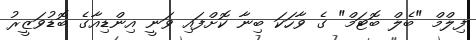
ފިލްމް "ބެލް ބޮޓަމް" ގެ ވާހަކަ ބިނާ ކޮށްފައި ވަނީ އިންޑިއާގެ ބޮޑުވަޒީރު